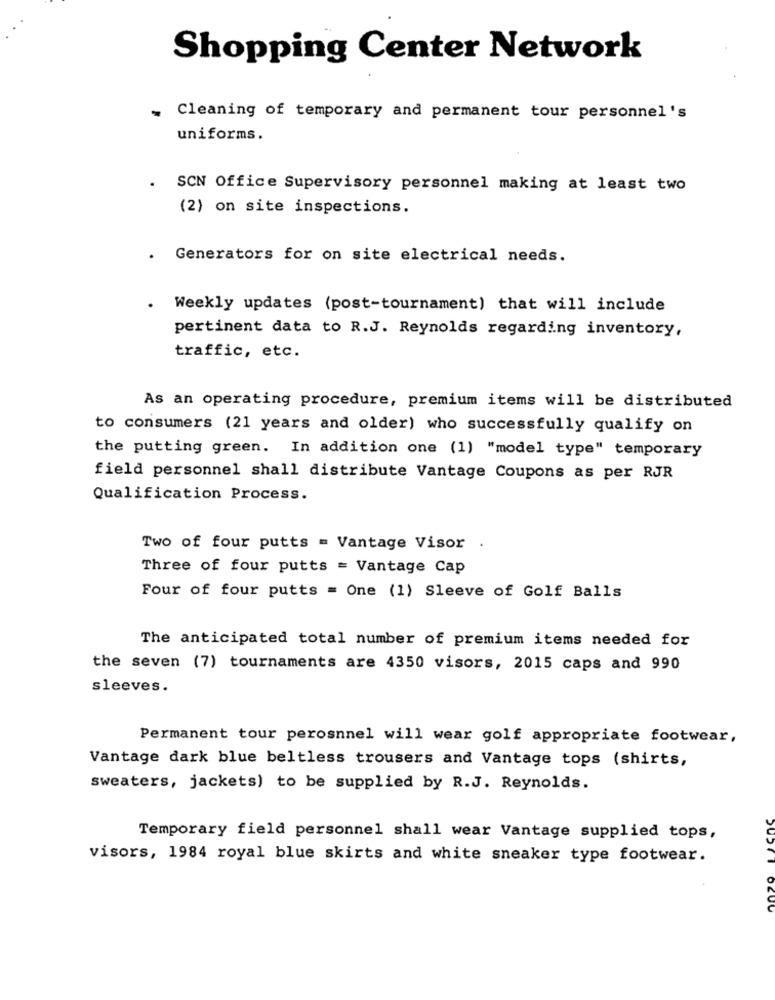
Shopping Center Network
. Cleaning of temporary and permanent tour personnel's
uniforms.
. SCN Office Supervisory personnel making at least two
(2) on site inspections.
Generators for on site electrical needs.
Weekly updates (post-tournament) that will include
pertinent data to R.J. Reynolds regarding inventory,
traffic, etc.
As an operating procedure, premium items will be distributed
to consumers (21 years and older) who successfully qualify on
the putting green. In addition one (1) "model type" temporary
field personnel shall distribute Vantage Coupons as per RJR
Qualification Process.
Two of four putts = Vantage Visor .
Three of four putts = Vantage Cap
Four of four putts = One (1) Sleeve of Golf Balls
The anticipated total number of premium items needed for
the seven (7) tournaments are 4350 visors, 2015 caps and 990
sleeves.
Permanent tour perosnnel will wear golf appropriate footwear,
Vantage dark blue beltless trousers and Vantage tops (shirts,
sweaters, jackets) to be supplied by R.J. Reynolds.
Temporary field personnel shall wear Vantage supplied tops,
visors, 1984 royal blue skirts and white sneaker type footwear.
OCUU